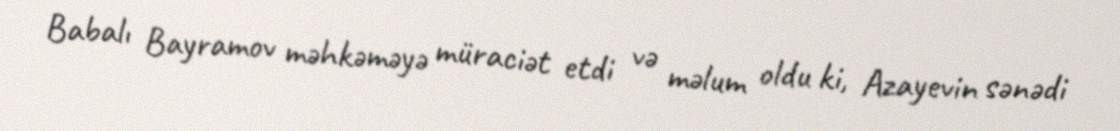
Babalı Bayramov məhkəməyə müraciət etdi və məlum oldu ki, Azayevin sənədi